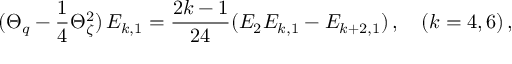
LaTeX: ( \Theta _ { q } - \frac { 1 } { 4 } \Theta _ { \zeta } ^ { 2 } ) \, E _ { k , 1 } = \frac { 2 k - 1 } { 2 4 } ( E _ { 2 } E _ { k , 1 } - E _ { k + 2 , 1 } ) \, , \quad ( k = 4 , 6 ) \, ,